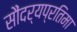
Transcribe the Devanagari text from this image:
सौंदर्यप्रतिमा